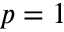
p = 1